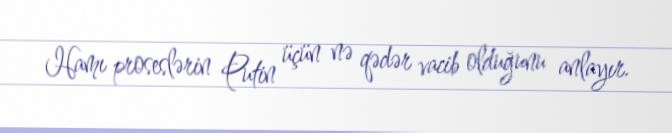
Hamı proseslərin Putin üçün nə qədər vacib olduğunu anlayır.